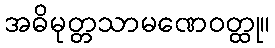
အဓိမုတ္တသာမဏေဝတ္ထု။